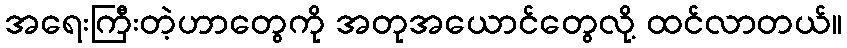
အရေးကြီးတဲ့ဟာတွေကို အတုအယောင်တွေလို့ ထင်လာတယ်။